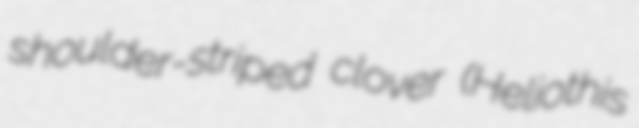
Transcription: shoulder-striped clover (Heliothis